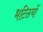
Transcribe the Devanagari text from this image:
भटिठयों